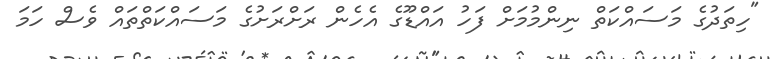
"ހިތަދުގެ މަސައްކަތް ނިންމުމަށް ފަހު އައްޑޫގެ އެހެން ރަށްރަށުގެ މަސައްކަތްތައް ވެސް ހަމަ